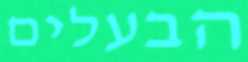
הבעלים